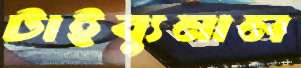
টাইব্যুনাল